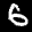
Label: 6